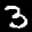
Label: 3